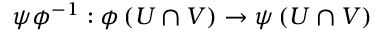
\psi \phi ^ { - 1 } : \phi \left( U \cap V \right) \rightarrow \psi \left( U \cap V \right)